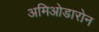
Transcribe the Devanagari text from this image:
अमिओडारोन